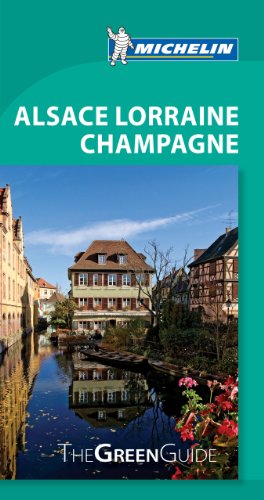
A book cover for Michelin Green Guide Alsace Lorraine Champagne (Green Guide/Michelin); Michelin Travel & Lifestyle; Travel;